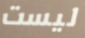
ليست